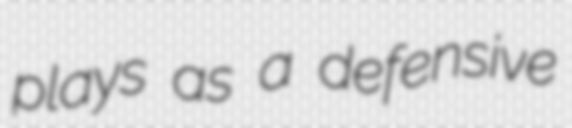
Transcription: plays as a defensive